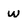
Character: w